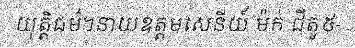
យុត្តិធម៌។នាយឧត្តមសេនីយ៍ ម៉ក់ ជីតូ៥-